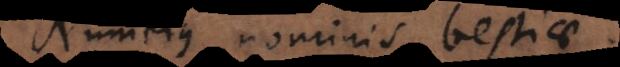
Numerus nominis bestiae.